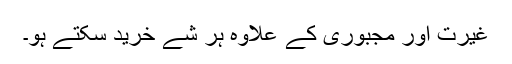
غیرت اور مجبوری کے علاوہ ہر شے خرید سکتے ہو۔